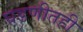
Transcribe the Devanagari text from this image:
घडणीतही